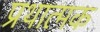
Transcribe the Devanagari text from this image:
प्रथात्मक